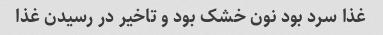
غذا سرد بود نون خشک بود و تاخیر در رسیدن غذا